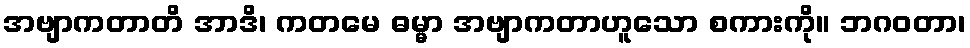
အဗျာကတာတိ အာဒိ၊ ကတမေ ဓမ္မာ အဗျာကတာဟူသော စကားကို။ ဘဂဝတာ၊